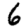
Digit: 6